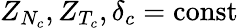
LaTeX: Z_{N_{c}},Z_{T_{c}},\delta_{c}=\mathrm{{const}}